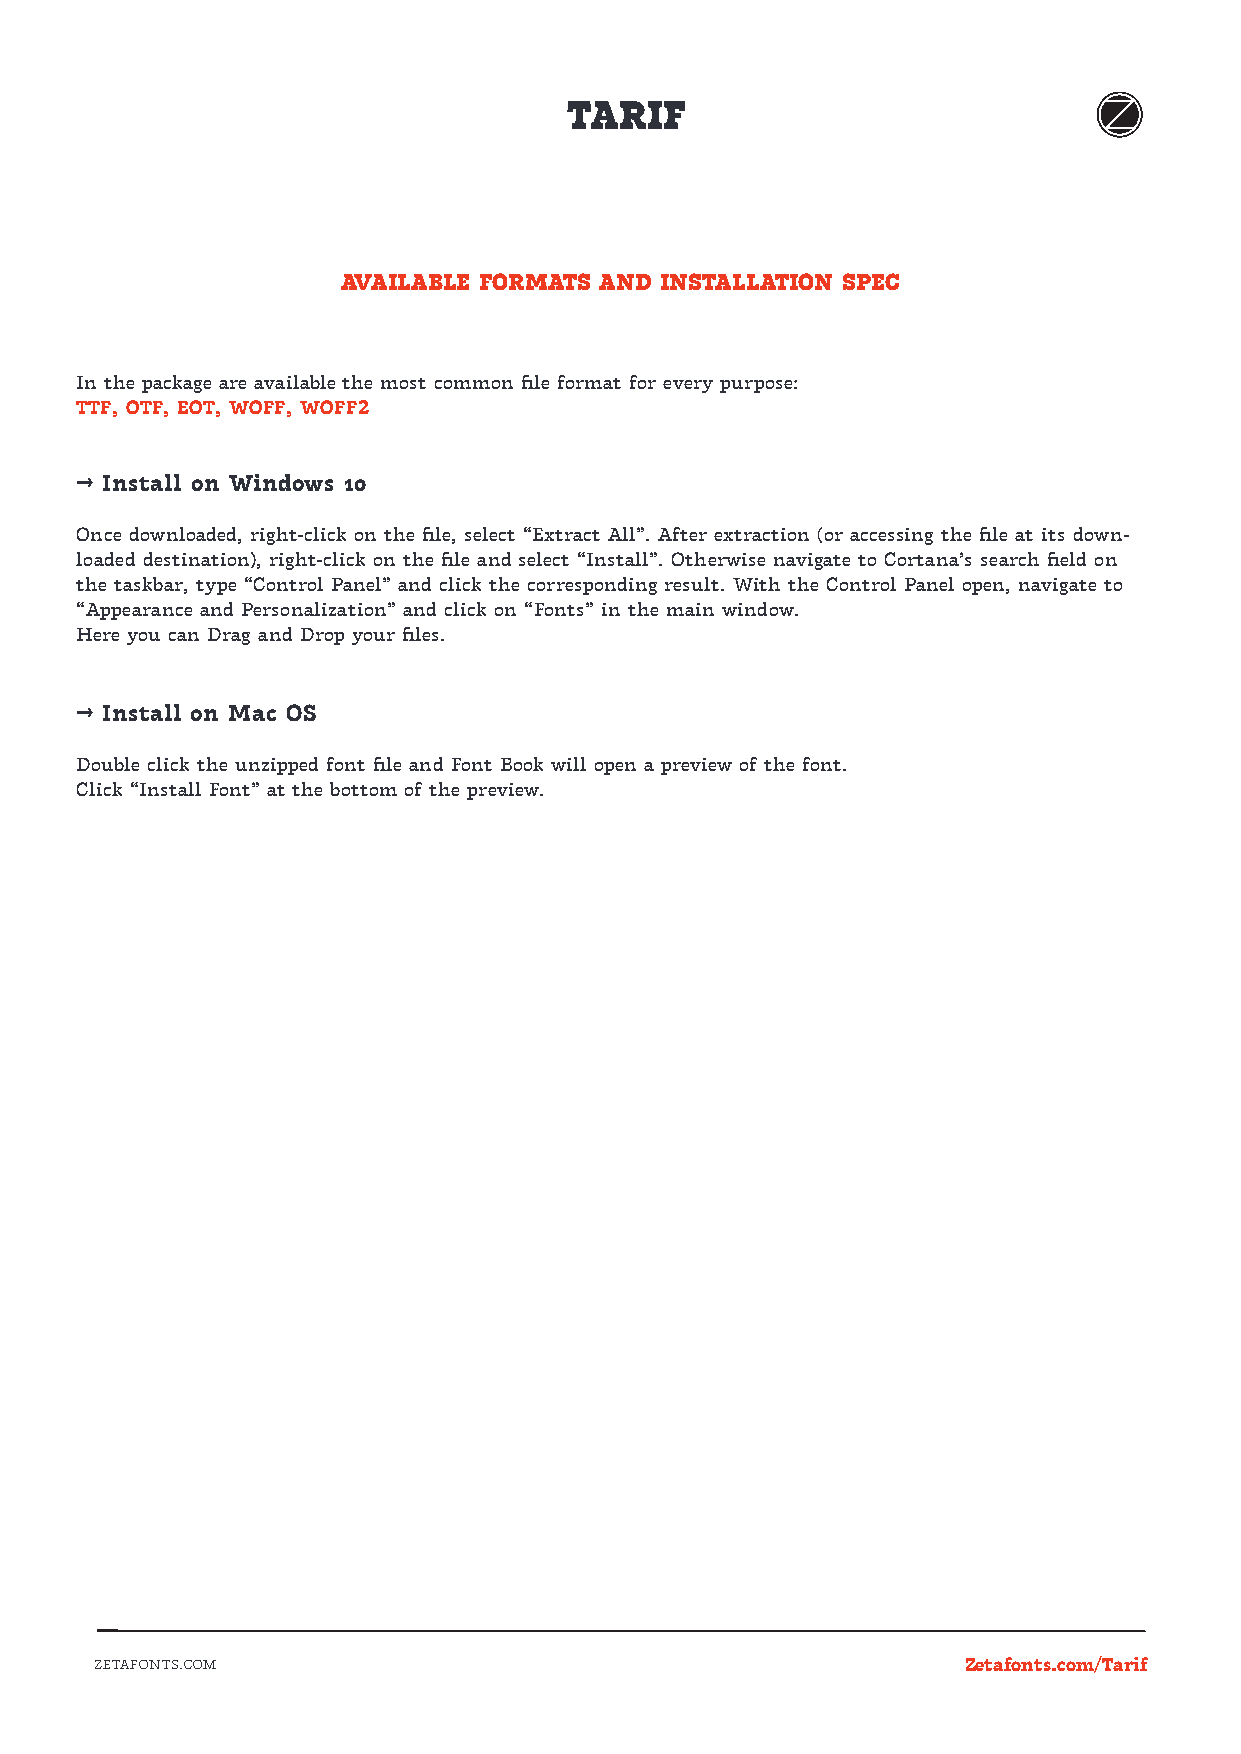
TARIF
 AVAILABLE FORMATS AND INSTALLATION SPEC
 In the package are available the most common file format for every purpose:
 TTF, OTF, EOT, WOFF, WOFF2
 → Install on Windows 10
 Once downloaded, right-click on the file, select “Extract All”. After extraction (or accessing the file at its down-
 loaded destination), right-click on the file and select “Install”. Otherwise navigate to Cortana’s search field on
 the taskbar, type “Control Panel” and click the corresponding result. With the Control Panel open, navigate to
 “Appearance and Personalization” and click on “Fonts” in the main window.
 Here you can Drag and Drop your files.
 → Install on Mac OS
 Double click the unzipped font file and Font Book will open a preview of the font.
 Click “Install Font” at the bottom of the preview.
 ZETAFONTS.COM                                             Zetafonts.com/Tarif